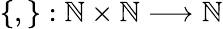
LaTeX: \left\{ ,\right\} :\mathbb{N}\times\mathbb{N}\longrightarrow\mathbb{N}